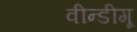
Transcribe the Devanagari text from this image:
वीन्डीगू